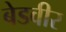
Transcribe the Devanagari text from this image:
बेडवीर